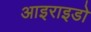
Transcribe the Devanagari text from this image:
आइराइडो